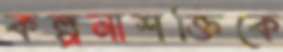
কল্পনাশক্তিকে